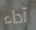
آداء